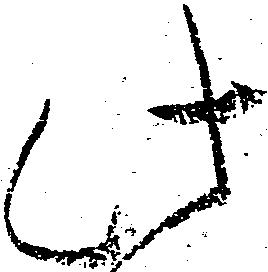
此